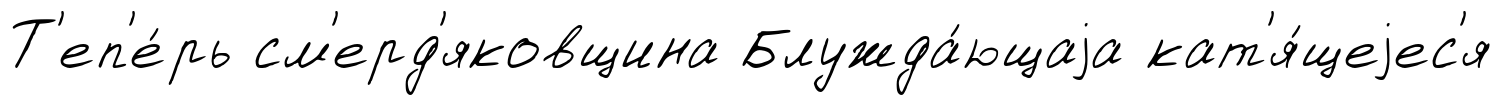
Т'еп'е́рь см'ерд'яковщина Блужда́ющаjа кат'я́щеjес'я